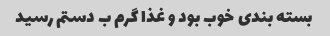
بسته بندی خوب بود و غذا گرم ب دستم رسید